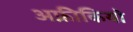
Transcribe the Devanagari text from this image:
अफ़्रीकियो